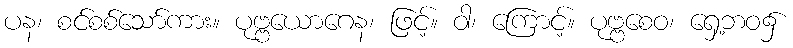
ပန၊ စင်စစ်သော်ကား။ ပုဗ္ဗယောဂေန၊ ဖြင့်။ ဝါ၊ ကြောင့်။ ပုဗ္ဗစေဝ၊ ရှေ့ဘဝ၌